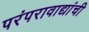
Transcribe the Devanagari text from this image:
परंपरावाद्यांची